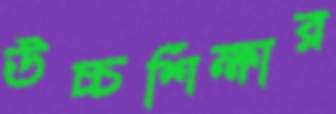
উচ্চশিক্ষার